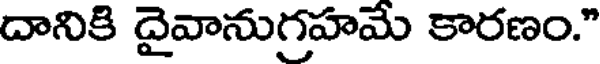
దానికి దైవానుగ్రహమే కారణం."